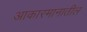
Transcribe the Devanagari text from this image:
आकारमानातील